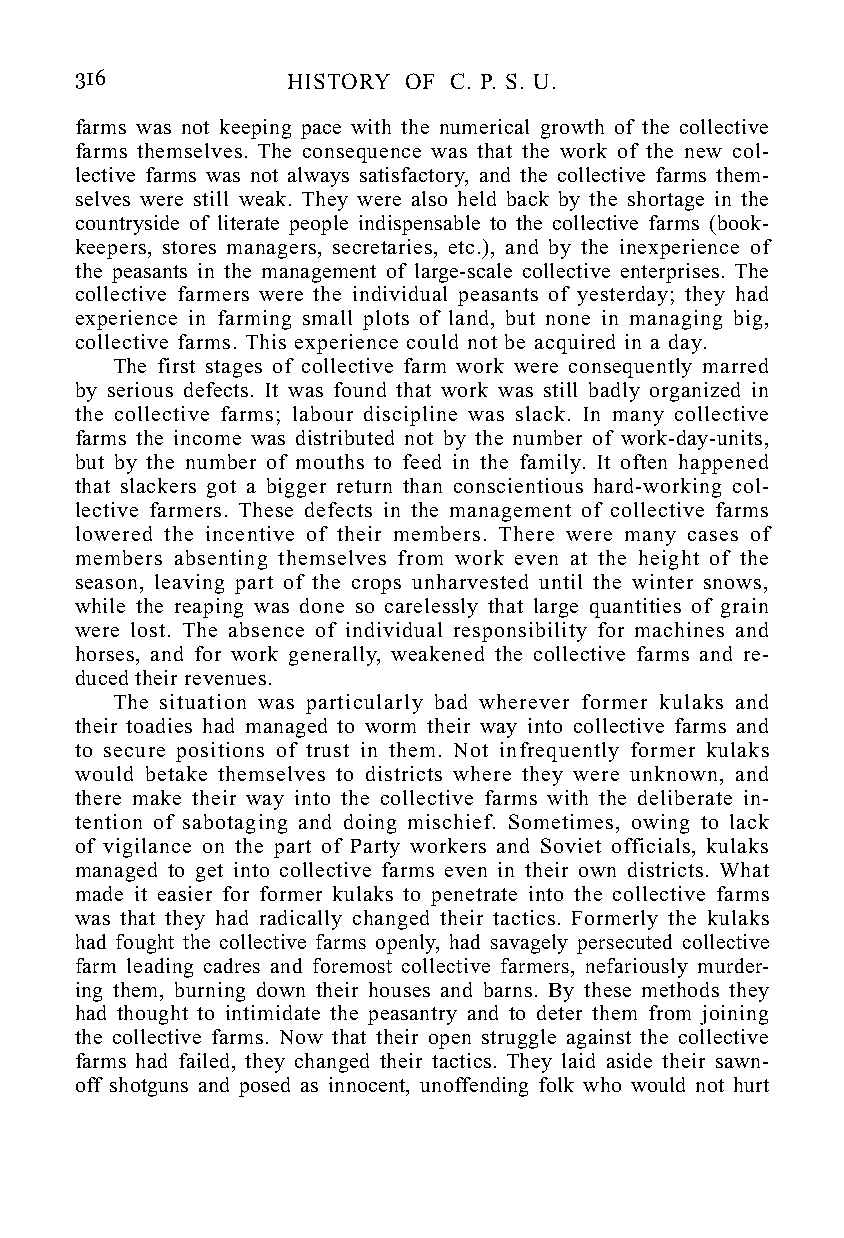
316           HISTORY OF C. P. S. U.
 farms was not keeping pace with the numerical growth of the collective
 farms themselves. The consequence was that the work of the new col-
 lective farms was not always satisfactory, and the collective farms them-
 selves were still weak. They were also held back by the shortage in the
 countryside of literate people indispensable to the collective farms (book-
 keepers, stores managers, secretaries, etc.), and by the inexperience of
 the peasants in the management of large-scale collective enterprises. The
 collective farmers were the individual peasants of yesterday; they had
 experience in farming small plots of land, but none in managing big,
 collective farms. This experience could not be acquired in a day.
 The first stages of collective farm work were consequently marred
 by serious defects. It was found that work was still badly organized in
 the collective farms; labour discipline was slack. In many collective
 farms the income was distributed not by the number of work-day-units,
 but by the number of mouths to feed in the family. It often happened
 that slackers got a bigger return than conscientious hard-working col-
 lective farmers. These defects in the management of collective farms
 lowered the incentive of their members. There were many cases of
 members absenting themselves from work even at the height of the
 season, leaving part of the crops unharvested until the winter snows,
 while the reaping was done so carelessly that large quantities of grain
 were lost. The absence of individual responsibility for machines and
 horses, and for work generally, weakened the collective farms and re-
 duced their revenues.
 The situation was particularly bad wherever former kulaks and
 their toadies had managed to worm their way into collective farms and
 to secure positions of trust in them. Not infrequently former kulaks
 would betake themselves to districts where they were unknown, and
 there make their way into the collective farms with the deliberate in-
 tention of sabotaging and doing mischief. Sometimes, owing to lack
 of vigilance on the part of Party workers and Soviet officials, kulaks
 managed to get into collective farms even in their own districts. What
 made it easier for former kulaks to penetrate into the collective farms
 was that they had radically changed their tactics. Formerly the kulaks
 had fought the collective farms openly, had savagely persecuted collective
 farm leading cadres and foremost collective farmers, nefariously murder-
 ing them, burning down their houses and barns. By these methods they
 had thought to intimidate the peasantry and to deter them from joining
 the collective farms. Now that their open struggle against the collective
 farms had failed, they changed their tactics. They laid aside their sawn-
 off shotguns and posed as innocent, unoffending folk who would not hurt